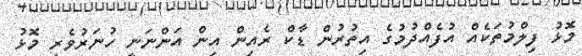
މޮޅު ފިލްމުތަކެއް އުފެއްދުމުގެ އިތުރުން ޑާކް ރެއިން އިން އަންނަނީ ހުނަރުވެރި މޮޅު